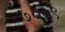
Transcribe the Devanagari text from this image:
७००९